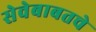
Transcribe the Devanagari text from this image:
सेवेबाबतचे